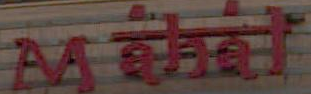
Mthet